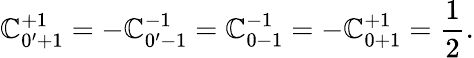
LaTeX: \mathbb{C}_{0^{\prime}+1}^{+1}=-\mathbb{C}_{0^{\prime}-1}^{-1}=\mathbb{C}_{0-1}^{-1}=-\mathbb{C}_{0+1}^{+1}=\frac{{1}}{{2}}.